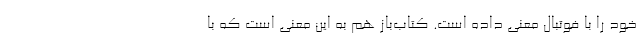
خود را با فوتبال معنی داده است. کتاب‌باز هم به این معنی است که با